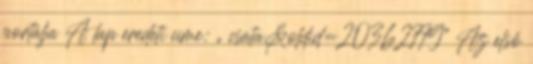
portálja A lap eredeti címe: „ csata&oldid=20362779” Az első